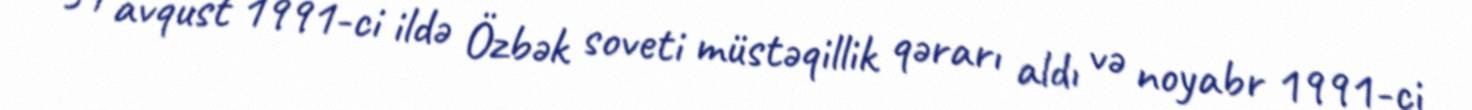
31 avqust 1991-ci ildə Özbək soveti müstəqillik qərarı aldı və noyabr 1991-ci